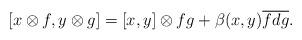
LaTeX: \begin{align*}[x\otimes f,y\otimes g]=[x,y]\otimes fg+\beta(x,y)\overline{fdg}.\end{align*}